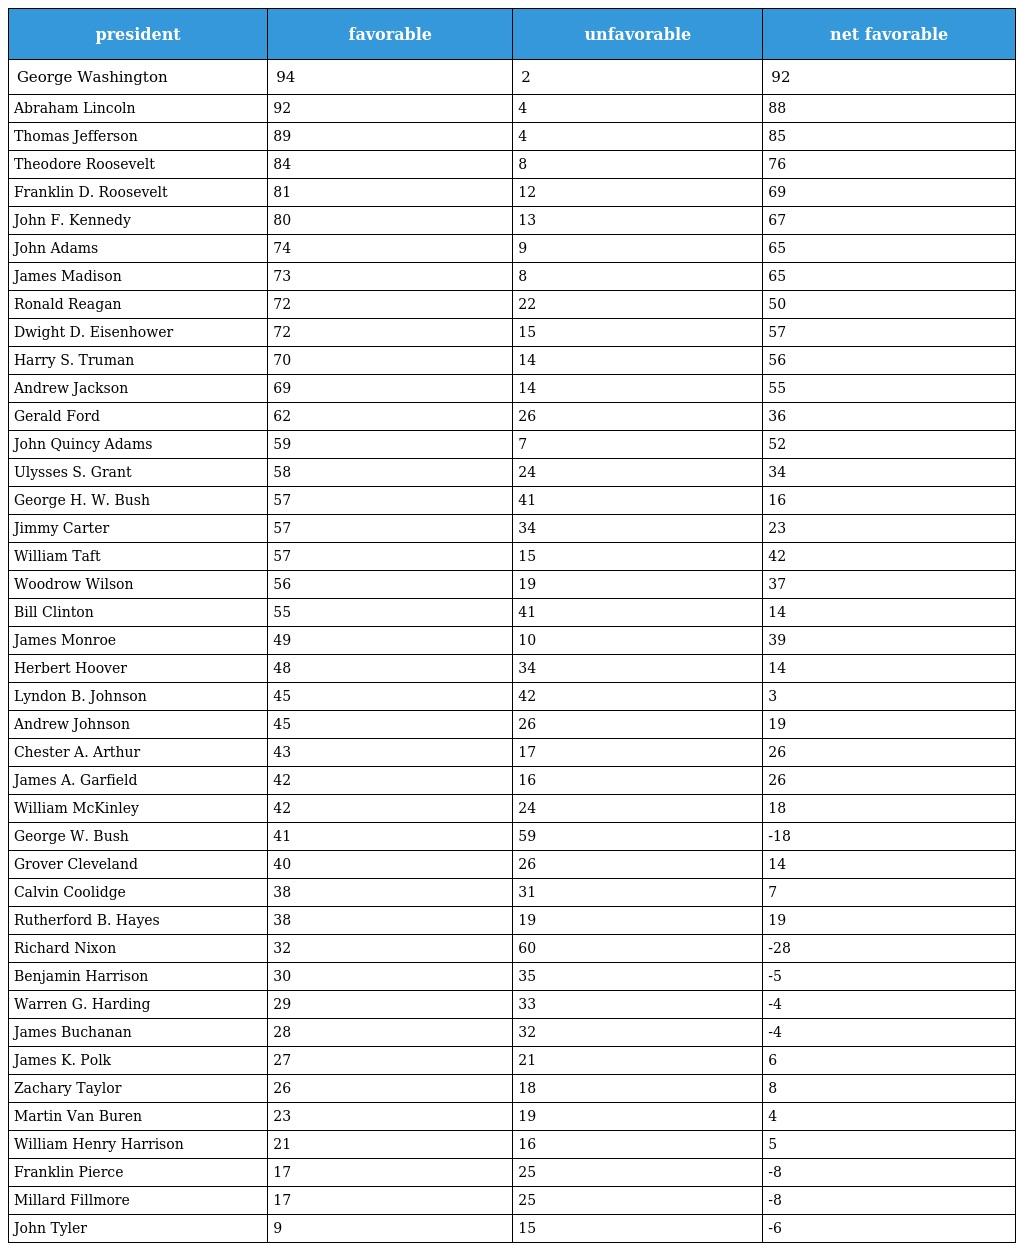
| president | favorable | unfavorable | net favorable |
 | --- | --- | --- | --- |
 | George Washington | 94 | 2 | 92 |
 | Abraham Lincoln | 92 | 4 | 88 |
 | Thomas Jefferson | 89 | 4 | 85 |
 | Theodore Roosevelt | 84 | 8 | 76 |
 | Franklin D. Roosevelt | 81 | 12 | 69 |
 | John F. Kennedy | 80 | 13 | 67 |
 | John Adams | 74 | 9 | 65 |
 | James Madison | 73 | 8 | 65 |
 | Ronald Reagan | 72 | 22 | 50 |
 | Dwight D. Eisenhower | 72 | 15 | 57 |
 | Harry S. Truman | 70 | 14 | 56 |
 | Andrew Jackson | 69 | 14 | 55 |
 | Gerald Ford | 62 | 26 | 36 |
 | John Quincy Adams | 59 | 7 | 52 |
 | Ulysses S. Grant | 58 | 24 | 34 |
 | George H. W. Bush | 57 | 41 | 16 |
 | Jimmy Carter | 57 | 34 | 23 |
 | William Taft | 57 | 15 | 42 |
 | Woodrow Wilson | 56 | 19 | 37 |
 | Bill Clinton | 55 | 41 | 14 |
 | James Monroe | 49 | 10 | 39 |
 | Herbert Hoover | 48 | 34 | 14 |
 | Lyndon B. Johnson | 45 | 42 | 3 |
 | Andrew Johnson | 45 | 26 | 19 |
 | Chester A. Arthur | 43 | 17 | 26 |
 | James A. Garfield | 42 | 16 | 26 |
 | William McKinley | 42 | 24 | 18 |
 | George W. Bush | 41 | 59 | -18 |
 | Grover Cleveland | 40 | 26 | 14 |
 | Calvin Coolidge | 38 | 31 | 7 |
 | Rutherford B. Hayes | 38 | 19 | 19 |
 | Richard Nixon | 32 | 60 | -28 |
 | Benjamin Harrison | 30 | 35 | -5 |
 | Warren G. Harding | 29 | 33 | -4 |
 | James Buchanan | 28 | 32 | -4 |
 | James K. Polk | 27 | 21 | 6 |
 | Zachary Taylor | 26 | 18 | 8 |
 | Martin Van Buren | 23 | 19 | 4 |
 | William Henry Harrison | 21 | 16 | 5 |
 | Franklin Pierce | 17 | 25 | -8 |
 | Millard Fillmore | 17 | 25 | -8 |
 | John Tyler | 9 | 15 | -6 |